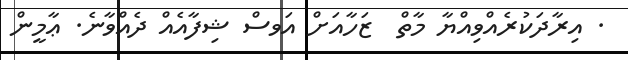
. އިރާދަކުރެއްވިއްޔާ މާތް  ޒަހާއަށް އަވސް ޝިފާއެއް ދެއްވާނެ. ޢާމީން